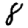
Digit: 8